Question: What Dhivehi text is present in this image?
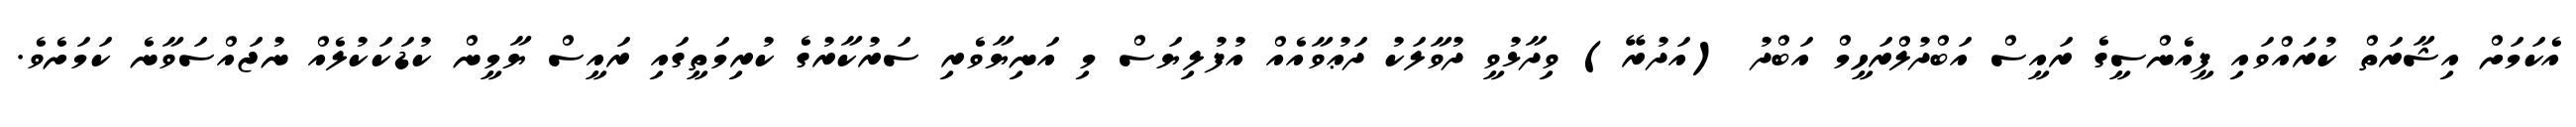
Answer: އެކަމަށް އިޝާރަތް ކުރައްވައި ޕީއެންސީގެ ރައީސް އަބްދުލްރަހީމް އަބްދު (އަދުރޭ) ވިދާޅުވީ ދުވާލަކު ދަޢުވާއެއް އުފުލިޔަސް މި އަނިޔާވެރި ސަރުކާރުގެ ކުރިމަތީގައި ރައީސް ޔާމީން ކުޑަކަކުލެއް ނުޖައްސަވާނެ ކަމަށެވެ.